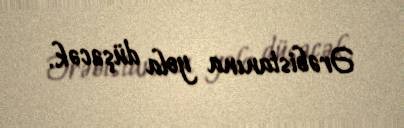
Ərəbistanına yola düşəcək.